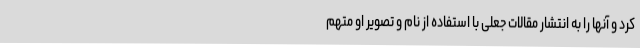
کرد و آنها را به انتشار مقالات جعلی با استفاده از نام و تصویر او متهم